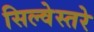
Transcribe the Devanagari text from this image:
सिल्वेस्तरे